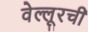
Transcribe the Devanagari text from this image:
वेल्लूरची